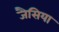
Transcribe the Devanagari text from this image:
जैसिया